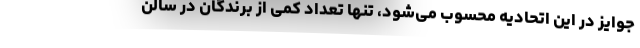
جوایز در این اتحادیه محسوب می‌شود، تنها تعداد کمی از برندگان در سالن